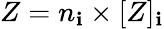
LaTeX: Z=n_{\mathbf{i}}\times[Z]_{\mathbf{i}}